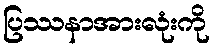
ပြဿနာအားလုံးကို